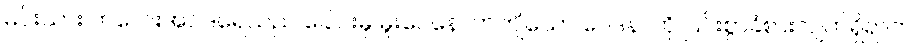
မင်းသား ကလေးအင်ဒရေသည် ခေါင်းမှ မူးဝေနောက်ကျိသော ဝေဒနာကို ပြင်းစွာခံစားလျက်ရှိရာက